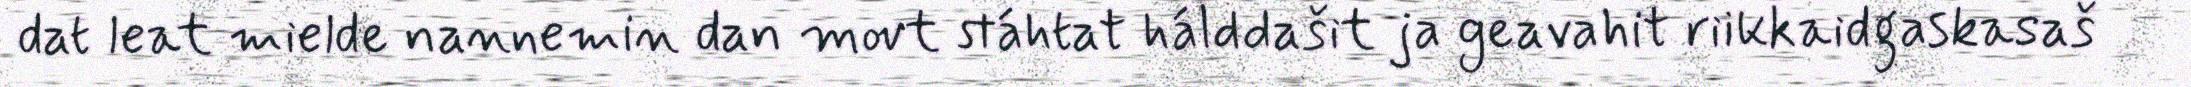
dat leat mielde nannemin dan movt stáhtat hálddašit ja geavahit riikkaidgaskasaš